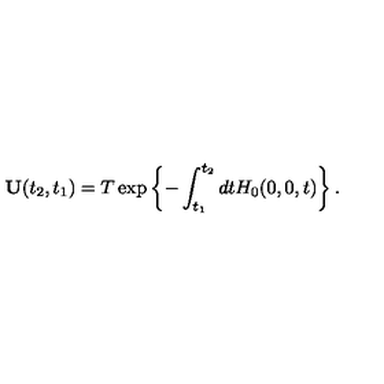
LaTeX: \mathbf { U } ( t _ { 2 } , t _ { 1 } ) = T \exp \left\{ - \int _ { t _ { 1 } } ^ { t _ { 2 } } d t H _ { 0 } ( 0 , 0 , t ) \right\} .